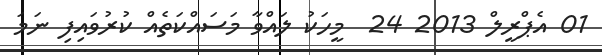
01 އެޕްރީލް 2013 24  މީހަކު ލައްވާ މަސައްކަތެއް ކުރުވައިފި ނަމަ